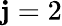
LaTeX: \mathbf{j}=2